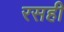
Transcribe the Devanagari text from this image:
रसही